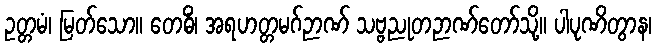
ဥတ္တမံ၊ မြတ်သော။ တေဓိံ၊ အရဟတ္တမဂ်ဉာဏ် သဗ္ဗညုတဉာဏ်တော်သို့။ ပါပုဏိတွာန၊